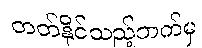
တတ်နိုင်သည့်ဘက်မှ